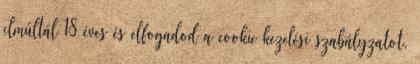
elmúltál 18 éves és elfogadod a cookie kezelési szabályzatot.